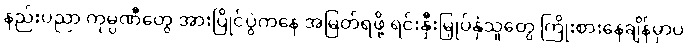
နည်းပညာ ကုမ္ပဏီတွေ အားပြိုင်ပွဲကနေ အမြတ်ရဖို့ ရင်းနှီးမြှုပ်နှံသူတွေ ကြိုးစားနေချိန်မှာပဲ